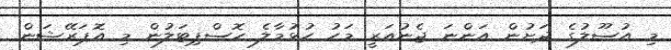
މި އުސޫލުގެ ދަށުން އަންނަ ޖެނުއަރީ މަހު ހުޅުމާލެ ހޮސްޕިޓަލުން މި އޮޕަރޭޝަން